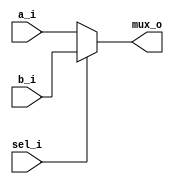
module mux2x1 #(parameter BUS_SIZE=4) (
	input  [BUS_SIZE-1:0]a_i,
	input  [BUS_SIZE-1:0]b_i,
	input  sel_i,
	output [BUS_SIZE-1:0]mux_o
);

	assign mux_o = sel_i ? b_i : a_i;

endmodule //mux2x1